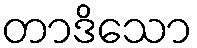
တာဒိသော